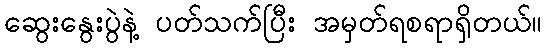
ဆွေးနွေးပွဲနဲ့ ပတ်သက်ပြီး အမှတ်ရစရာရှိတယ်။